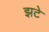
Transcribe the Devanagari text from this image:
झटे